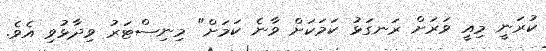
ކުރަނީ މިއީ ވަރަށް ރަނގަޅު ކަމަކަށް ވާނެ ކަމަށް" މިނިސްޓަރު ވިދާޅުވި އެވެ.